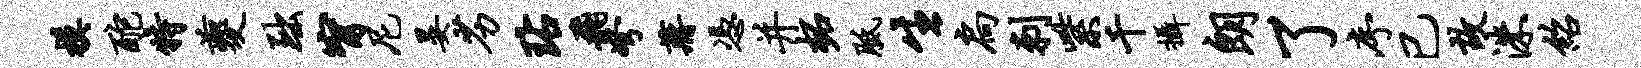
模酡特夔黜甯尼晏劣玷飞弩蒋凭并柘胝生扃刺紫千摄朗了序已故洙绍